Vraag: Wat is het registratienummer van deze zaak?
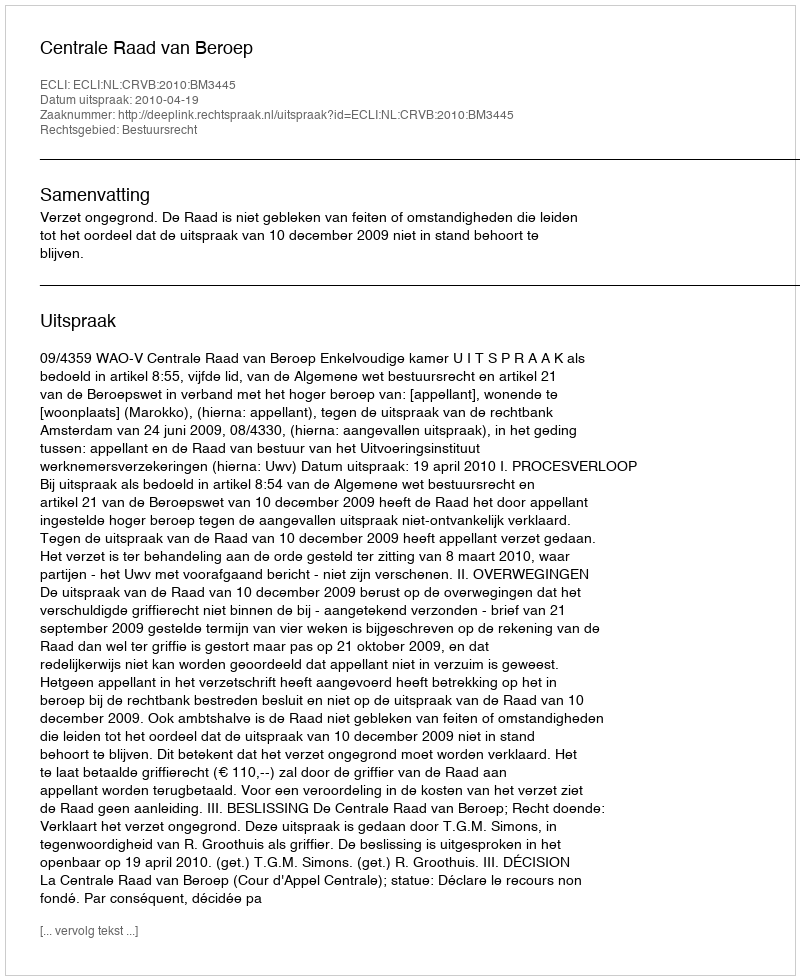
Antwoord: http://deeplink.rechtspraak.nl/uitspraak?id=ECLI:NL:CRVB:2010:BM3445